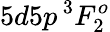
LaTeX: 5d5p\, ^{3}F_{2}^{o}